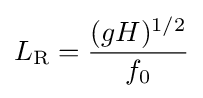
L_{\text{R}}={\frac {(gH)^{1/2}}{f_{0}}}